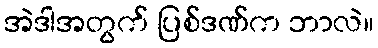
အဲဒါအတွက် ပြစ်ဒဏ်က ဘာလဲ။